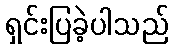
ရှင်းပြခဲ့ပါသည်